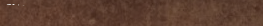
محل بيع مستلزمات الأطفال